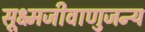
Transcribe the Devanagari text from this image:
सूक्ष्मजीवाणुजन्य